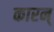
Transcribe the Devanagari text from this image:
कारन्